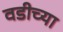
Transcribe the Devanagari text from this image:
वडीच्या